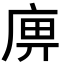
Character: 𢈷